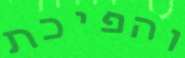
והפיכת